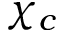
\chi _ { c }